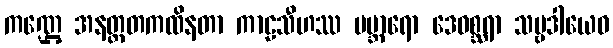
ကဏ္ဌေ အနတ္ထတကထိနတာ ကာဠသီဟဿ ပဗ္ဘာရော ဒေဝစ္ဆရာ သဗ္ဗဒါယေဝ